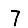
Digit: 7